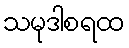
သမုဒါစရထ